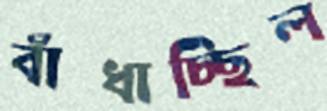
বাঁধাচ্ছিল